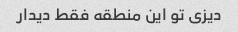
دیزی تو این منطقه فقط دیدار